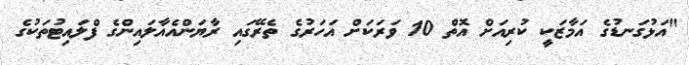
"އަޅުގަނޑުގެ އަމާޒަކީ ކުރިއަށް އޮތް 10 ވަރަކަށް އަހަރުގެ ތެރޭގައި ރާޔަންއެއާލައިންގެ ފްލައިޓުތަކުގެ